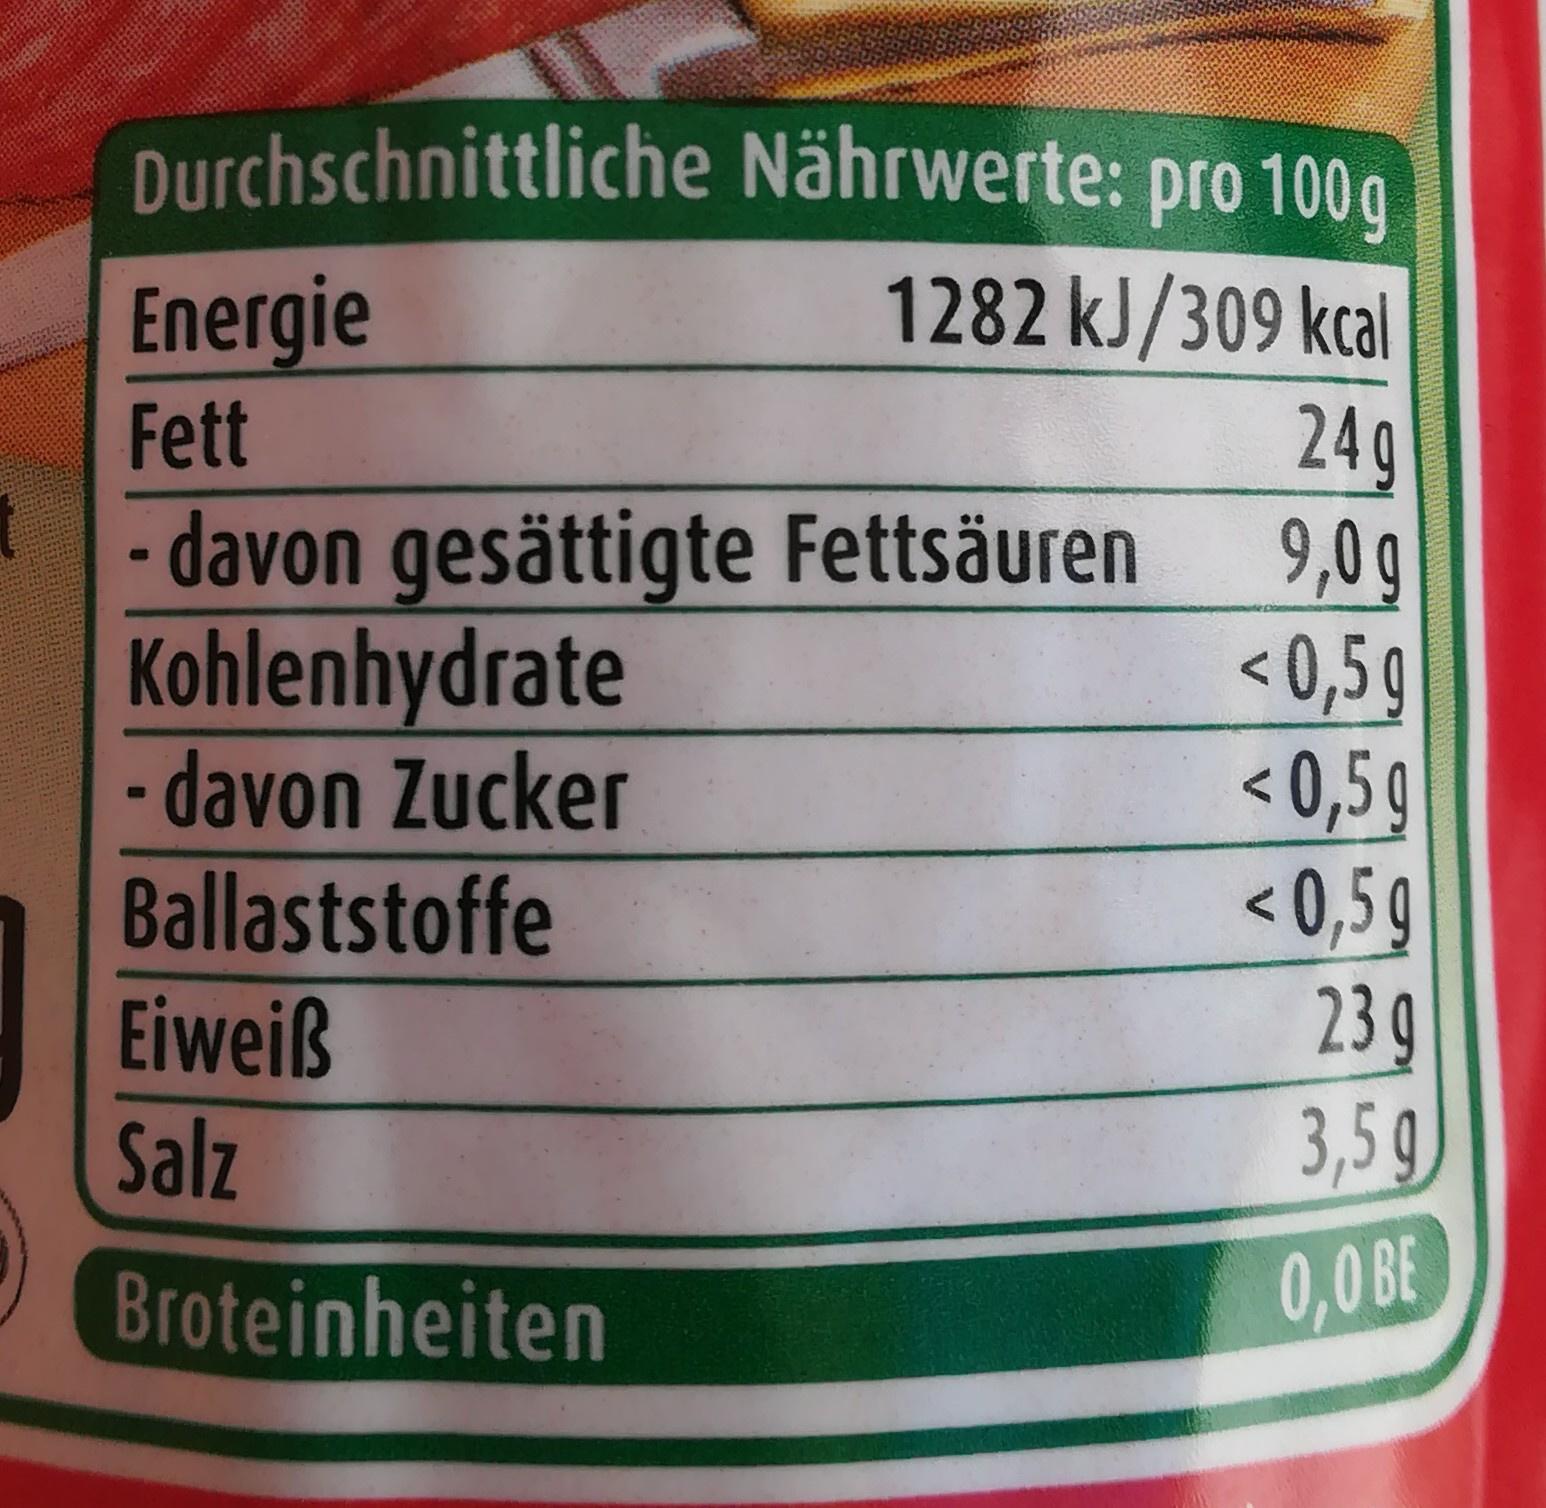
Durchschnittliche Nährwerte: pro 100g
Energie
1282 kJ/309 kcal
249 - davon gesättigte Fettsäuren <0,5g < 0,5g < 0,5 9 239 3,5 g
Fett
9,0 g
Kohlenhydrate - davon Zucker Ballaststoffe Eiweiß
Salz
Broteinheiten
0,0 BE